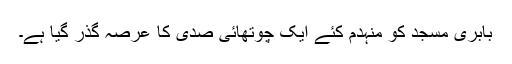
بابری مسجد کو منہدم کئے ایک چوتھائی صدی کا عرصہ گذر گیا ہے۔